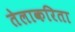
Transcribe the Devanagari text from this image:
तेलाकरिता